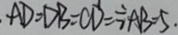
A D = D B = C D = \frac { 1 } { 2 } A B = 5 .